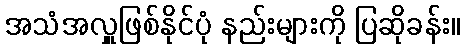
အသံအလှူဖြစ်နိုင်ပုံ နည်းများကို ပြဆိုခန်း။